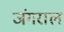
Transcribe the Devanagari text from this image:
जंगराल